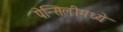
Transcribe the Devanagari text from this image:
पेन्सिलीमध्ये